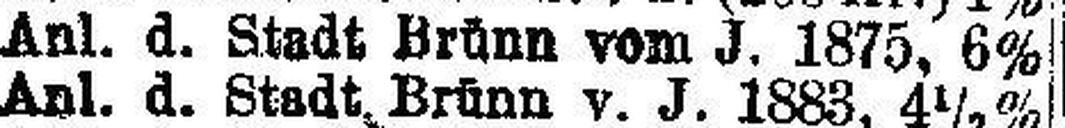
Anl. d. Stadt Brünn vom J. 1875, 6%